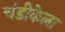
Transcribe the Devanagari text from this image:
चंडीकेला